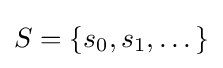
S=\{s_{0},s_{1},\dots \}